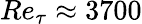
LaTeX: Re_{\tau}\approx 3700